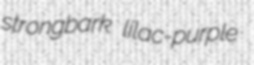
strongbark lilac-purple